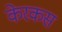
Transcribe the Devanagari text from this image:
केरकस